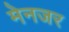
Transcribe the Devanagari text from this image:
मेनजर